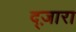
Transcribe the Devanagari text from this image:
द्ज़ारा